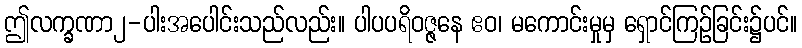
ဤလက္ခဏာ၂-ပါးအပေါင်းသည်လည်း။ ပါပပရိဝဇ္ဇနေ ဧဝ၊ မကောင်းမှုမှ ရှောင်ကြဉ်ခြင်း၌ပင်။